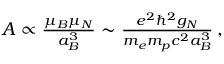
\begin{array} { r } { A \propto \frac { \mu _ { B } \mu _ { N } } { a _ { B } ^ { 3 } } \sim \frac { e ^ { 2 } \hbar ^ { 2 } g _ { N } } { m _ { e } m _ { p } c ^ { 2 } a _ { B } ^ { 3 } } \, , } \end{array}